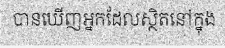
បានឃើញអ្នកដែលស្ថិតនៅក្នុង